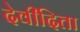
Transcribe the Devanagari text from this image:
देवीदिता